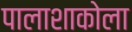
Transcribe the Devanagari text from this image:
पालाशाकोला